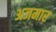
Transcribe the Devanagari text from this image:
अजमार